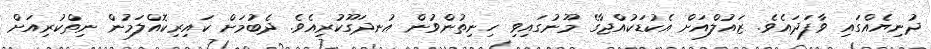
ދުނިޔެއްގައި ވާފަދައެވެ. ޒައުލްއަށް އެކުޑަކުއްޖާގެ މޫނުގައިވި ހިނިތުންވުން އުނދަގޫކުރިއެވެ. ދެބުމަށް ކައިރިކޮއްލަމުން ނިތްކުރިއަށް